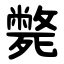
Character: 斃